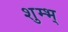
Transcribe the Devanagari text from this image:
शुम्भ्